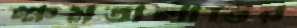
ক্ষমতালাভের